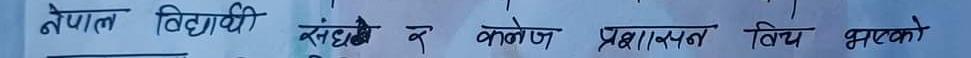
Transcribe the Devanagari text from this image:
नेपाल विद्यार्थी संघ कै कलेज प्रशासन विच भएको